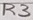
Text: R3